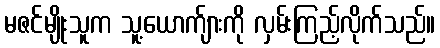
မဇင်မျိုးသူက သူ့ယောက်ျားကို လှမ်းကြည့်လိုက်သည်။